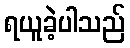
ရယူခဲ့ပါသည်